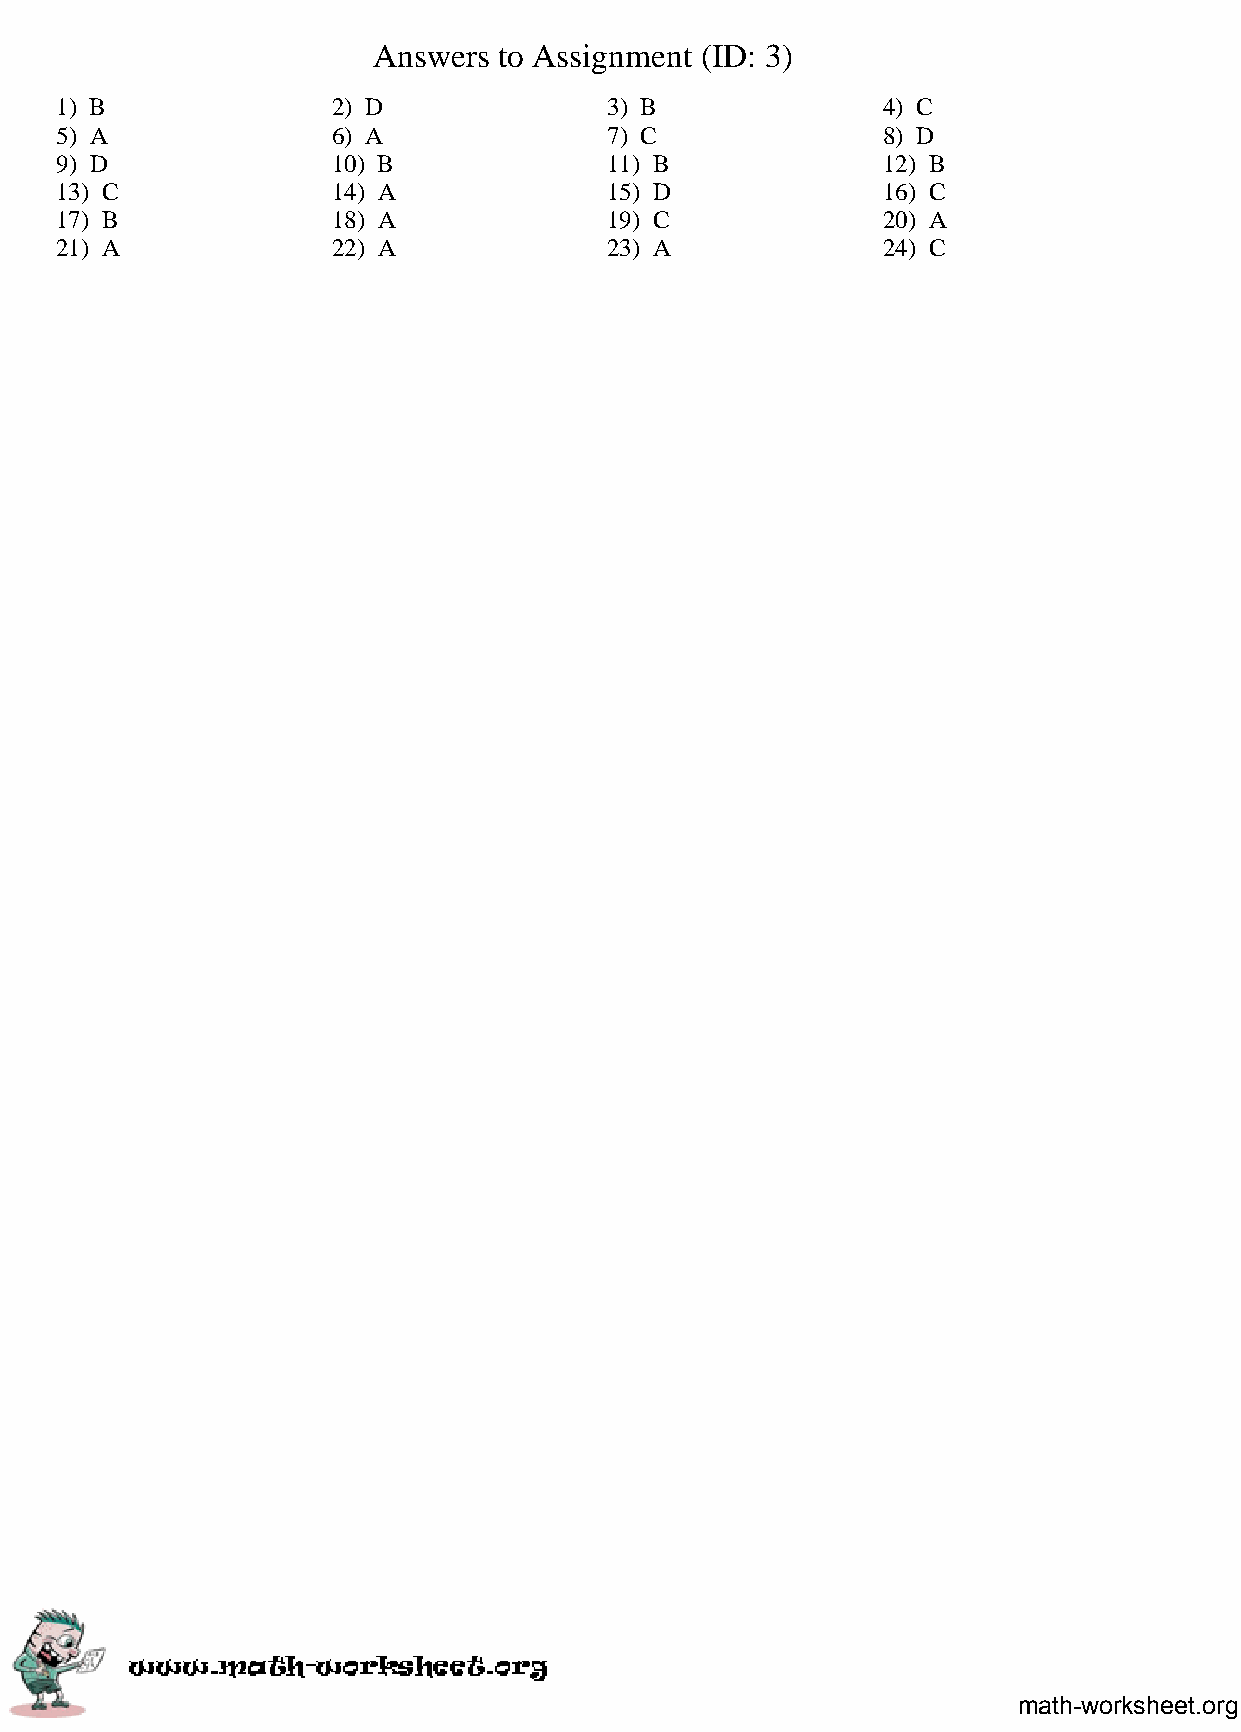
Answers to Assignment (ID: 3)
 1) B              2) D              3) B              4) C
 5) A              6) A              7) C              8) D
 9) D              10) B             11) B             12) B
 13) C             14) A             15) D             16) C
 17) B             18) A             19) C             20) A
 21) A             22) A             23) A             24) C
 math-worksheet.org